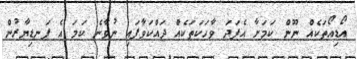
އޯޑިއޯތަކެއް ނޫން ކަމަށާ އެފަދަ ވާހަކަތަކެއް ދައްކަވާފައި ނުވާނެ ކަމަ އެ ފަނޑިޔާރުން